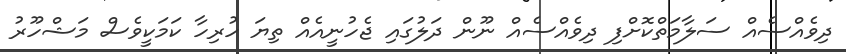
ދިވެއްސެއް ސަލާމަތްކޮށްފި ދިވެއްސެއް ނޫން ދަލުގައި ޖެހުނީއެއް ތިޔަ ހުރިހާ ކަމަކީވެސް މަޝްހޫރު